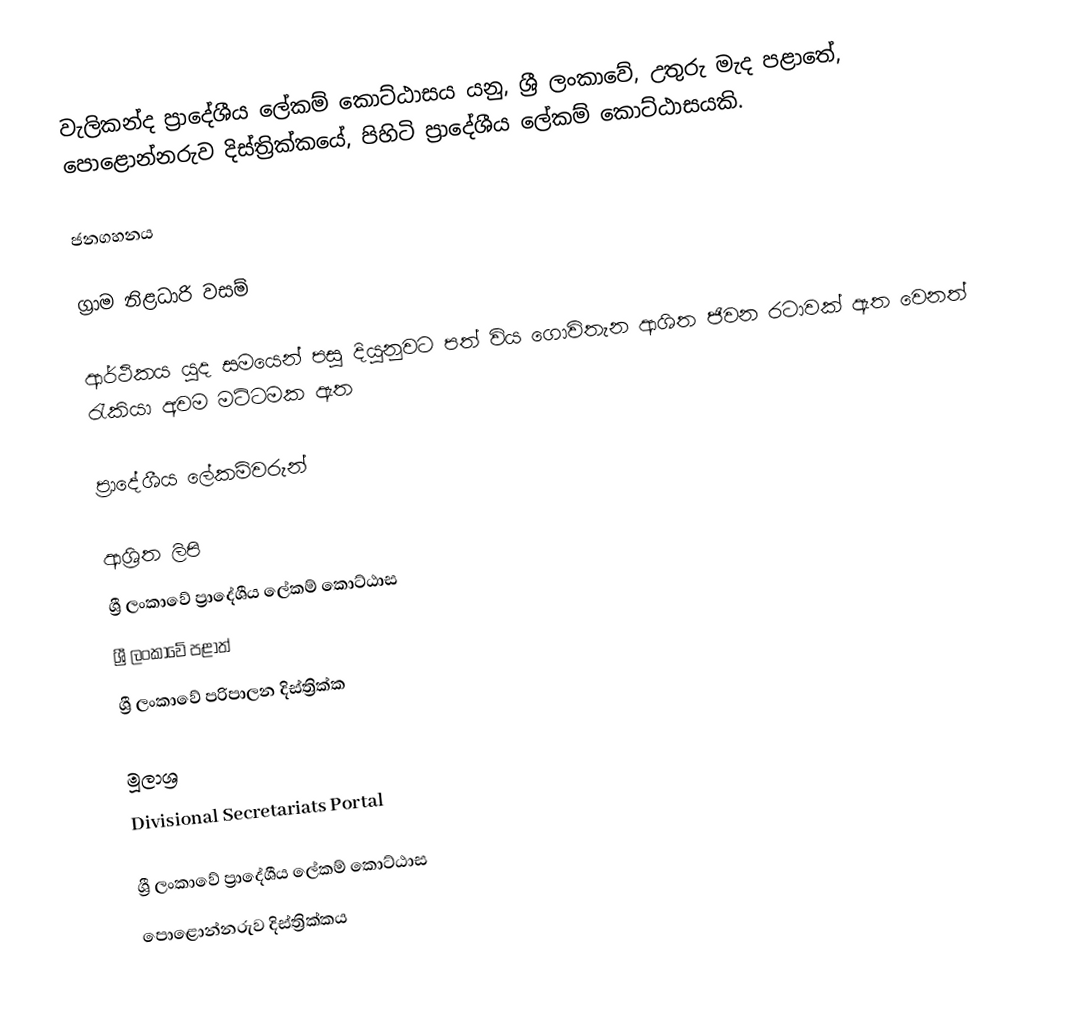
වැලිකන්ද ප්‍රාදේශීය ලේකම් කොට්ඨාසය යනු,  ශ්‍රී ලංකාවේ,  උතුරු මැද පළාතේ,   පොළොන්නරුව දිස්ත්‍රික්කයේ, පිහිටි ප්‍රාදේශීය ලේකම් කොට්ඨාසයකි.

ජනගහනය

ග්‍රාම නිළධාරි වසම්

ආර්ථිකය  යුද සමයෙන් පසු දියුනුවට පත් විය ගොවිතැන  ආශිත ජිවන රටාවක් ඇත වෙනත් රැකියා අවම මට්ටමක ඇත

ප්‍රාදේශීය ලේකම්වරුන්

ආශ්‍රිත ලිපි
ශ්‍රී ලංකාවේ ප්‍රාදේශීය ලේකම් කොට්ඨාස
ශ්‍රී ලංකාවේ පළාත්
ශ්‍රී ලංකාවේ පරිපාලන දිස්ත්‍රික්ක

මූලාශ්‍ර
 Divisional Secretariats Portal

ශ්‍රී ලංකාවේ ප්‍රාදේශීය ලේකම් කොට්ඨාස
පොළොන්නරුව දිස්ත්‍රික්කය